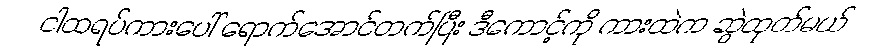
ငါထရပ်ကားပေါ် ရောက်အောင်တက်ပြီး ဒီကောင့်ကို ကားထဲက ဆွဲထုတ်မယ်